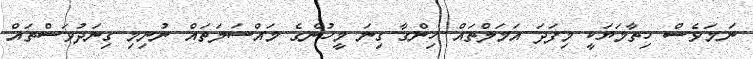
ނަމަވެސް ހިތާމަޔަކީ މިފަދަ އަމަލްތައް ހިންގާ ގިނަ މީހުންގެ މައްސަލަތައް ނުނިމި ގިނަދުވަސްތައް